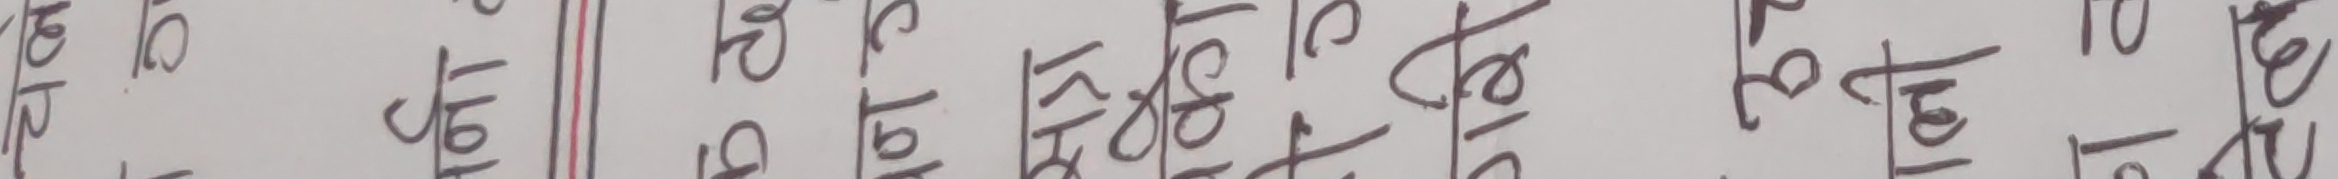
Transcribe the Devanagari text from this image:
१६१२ २१८५ २१०६ २१०६ २१०४ २१०६ २१००